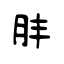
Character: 肨